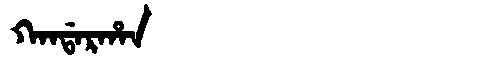
Manchu: ᡴᠠᠨᡩᠠᡵᡥᠠᠨ
Romanization: KANDARHAN